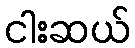
ငါးဆယ်